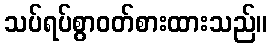
သပ်ရပ်စွာဝတ်စားထားသည်။